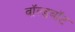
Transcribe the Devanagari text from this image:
वॉल्डबॉट